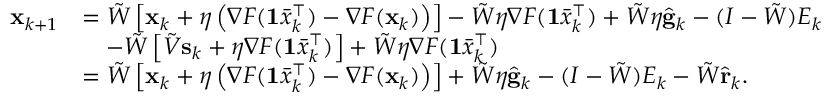
\begin{array} { r l } { \mathbf { x } _ { k + 1 } } & { = \tilde { W } \left[ \mathbf { x } _ { k } + \eta \left( \nabla F ( \mathbf { 1 } \bar { x } _ { k } ^ { \intercal } ) - \nabla F ( \mathbf { x } _ { k } ) \right) \right] - \tilde { W } \eta \nabla F ( \mathbf { 1 } \bar { x } _ { k } ^ { \intercal } ) + \tilde { W } \eta \hat { \mathbf { g } } _ { k } - ( I - \tilde { W } ) E _ { k } } \\ & { \quad - \tilde { W } \left[ \tilde { V } \mathbf { s } _ { k } + \eta \nabla F ( \mathbf { 1 } \bar { x } _ { k } ^ { \intercal } ) \right] + \tilde { W } \eta \nabla F ( \mathbf { 1 } \bar { x } _ { k } ^ { \intercal } ) } \\ & { = \tilde { W } \left[ \mathbf { x } _ { k } + \eta \left( \nabla F ( \mathbf { 1 } \bar { x } _ { k } ^ { \intercal } ) - \nabla F ( \mathbf { x } _ { k } ) \right) \right] + \tilde { W } \eta \hat { \mathbf { g } } _ { k } - ( I - \tilde { W } ) E _ { k } - \tilde { W } \hat { \mathbf { r } } _ { k } . } \end{array}